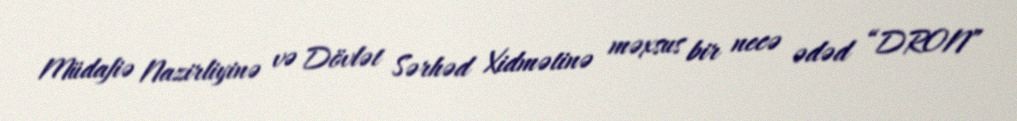
Müdafiə Nazirliyinə və Dövlət Sərhəd Xidmətinə məxsus bir necə ədəd “DRON”